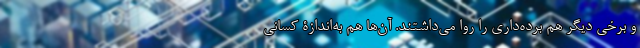
و برخی دیگر هم برده‌داری را روا می‌داشتند. آن‌ها هم به‌اندازۀ کسانی